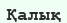
Қалық